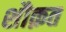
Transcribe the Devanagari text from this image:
शौक़त